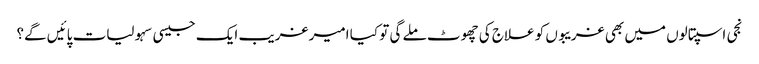
نجی اسپتالوں میں بھی غریبوں کو علاج کی چھوٹ ملے گی تو کیا امیر غریب ایک جیسی سہولیات پائیں گے؟